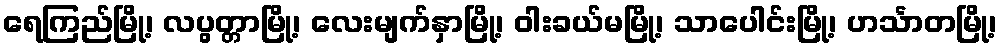
ရေကြည်မြို့၊ လပွတ္တာမြို့၊ လေးမျက်နှာမြို့၊ ဝါးခယ်မမြို့၊ သာပေါင်းမြို့၊ ဟင်္သာတမြို့၊